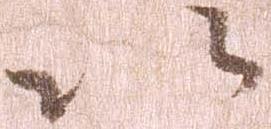
以